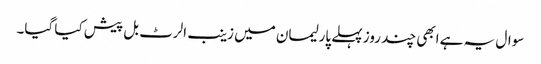
سوال یہ ہے ابھی چند روز پہلے پارلیمان میں زینب الرٹ بل پیش کیا گیا۔